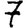
Digit: 7